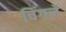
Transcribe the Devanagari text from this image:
चिंगले